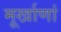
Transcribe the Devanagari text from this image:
मूर्खाणां